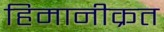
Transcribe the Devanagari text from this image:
हिमानीक्रत